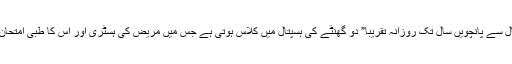
پاکستان میں میڈیکل کالج میں تیسرے سال سے پانچویں سال تک روزانہ تقریبا” دو گھنٹے کی ہسپتال میں کلاس ہوتی ہے جس میں مریض کی ہسٹری اور اس کا طبی امتحان اور تشخیص اور علاج سکھایا جاتا ہے۔